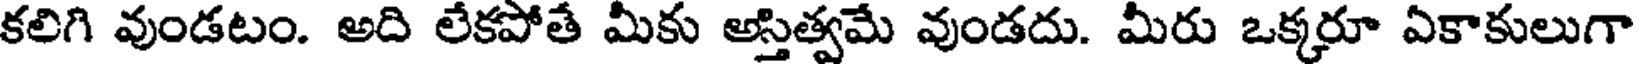
కలిగి వుండటం. అది లేకపోతే మీకు అస్తిత్వమే వుండదు. మీరు ఒక్కరూ ఏకాకులుగా